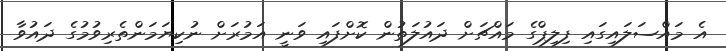
އެ މައްސަލައިގައި ފިލިޕްގެ މައްޗަށް ދައުލަތުން ކޮށްފައި ވަނީ އަމުރަށް ނުކިޔަމަންތެރިވުމުގެ ދައުވާ